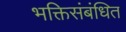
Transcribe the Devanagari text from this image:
भक्तिसंबंधित